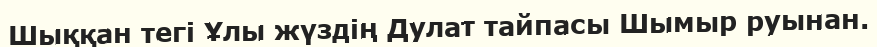
Шыққан тегі Ұлы жүздің Дулат тайпасы Шымыр руынан.